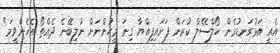
އެއީ އަޅުގަނޑުމެން ހޯލްސޭލް ކުރަން ފަށައިފިއްޔާ ގިނަ މީހުންނަށް ނުލިބޭނެ ދެއްތޯ އެހެންވީމަ"